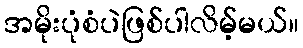
အမိုးပုံစံပဲဖြစ်ပါလိမ့်မယ်။